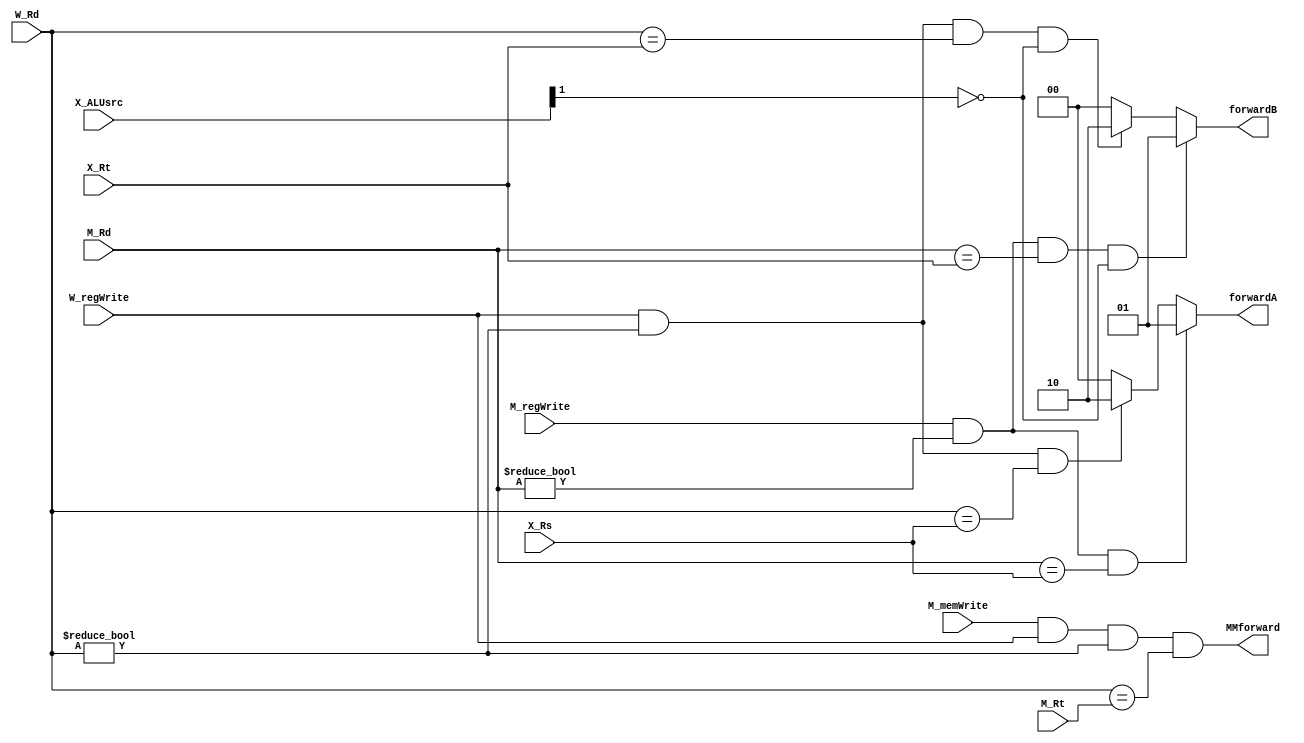
module Forwarding_Unit(M_regWrite, W_regWrite, M_memWrite, M_Rd, W_Rd, X_Rs, X_Rt, M_Rt, X_ALUsrc, forwardA, forwardB, MMforward);

/////// Inputs to determine EX-EX Forwarding ////////
input M_regWrite;
input[3:0] M_Rd;
input[3:0] X_Rs, X_Rt;						// Also used for MEM-EX forwarding				

/////// Inputs to determine MEM-EX Forwarding ///////
input W_regWrite;
input[3:0] W_Rd;							// Also used for MEM-MEM forwarding

/////// Inputs to determine MEM-MEM Forwarding //////
input M_memWrite;
input[3:0] M_Rt;

/////// Do forwarding only when X_ALUsrc shows non immediate value
input[1:0] X_ALUsrc;
////////////////// Outputs //////////////////////
/////// forward = 00 --> No forwarding //////////
/////// forward = 01 --> EX-EX forwarding ///////
/////// forward = 10 --> MEM-EX forwarding //////
/////// forwardA is for ALUSrc1 /////////////////
/////// forwardB is for ALUSrc2 /////////////////
/////// MMforward is for MEM-MEM forwarding /////
/////////////////////////////////////////////////
output[1:0] forwardA, forwardB;
output MMforward;

wire exA, exB, memA, memB;

assign exA = (M_regWrite) && (M_Rd != 4'h0) && (M_Rd == X_Rs);
assign exB = (M_regWrite) && (M_Rd != 4'h0) && (M_Rd == X_Rt) && (X_ALUsrc[1] != 1'b1);

assign memA = (W_regWrite) && (W_Rd != 4'h0) && (W_Rd == X_Rs);
assign memB = (W_regWrite) && (W_Rd != 4'h0) && (W_Rd == X_Rt) && (X_ALUsrc[1] != 1'b1);

assign forwardA = exA ? 2'b01 :											// Preference to EX-EX forwarding
				  memA ? 2'b10 : 2'b00;
				  
assign forwardB = exB ? 2'b01 :
				  memB ? 2'b10 : 2'b00;

assign MMforward = (M_memWrite) && (W_regWrite) && (W_Rd != 4'h0) && (W_Rd == M_Rt);	// MEM-MEM forwarding
				  
endmodule